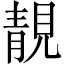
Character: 靚